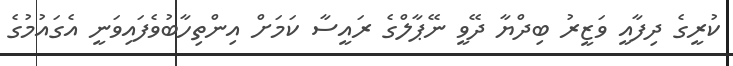
ކުރީގެ ދިފާއީ ވަޒީރު ބިދްޔާ ދޭވީ ނޭޕާލްގެ ރައީސާ ކަމަށް އިންތިހާބުވެފައިވަނީ އެގައުމުގެ